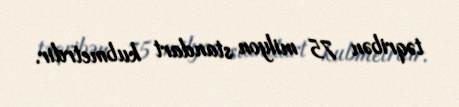
təqribən 75 milyon standart kubmetrdir.